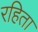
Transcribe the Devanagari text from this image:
रहिता